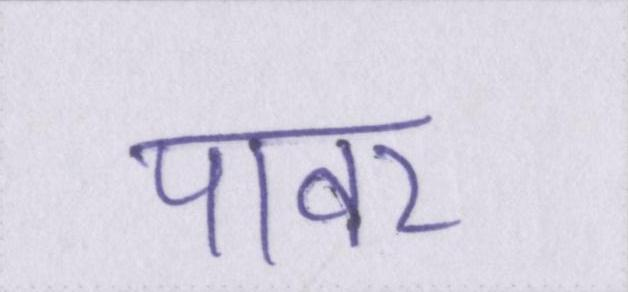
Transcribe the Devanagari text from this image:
पावर